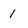
Character: 1